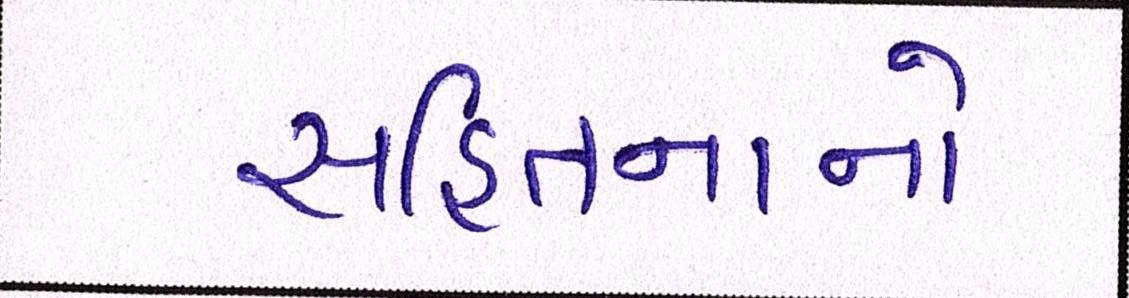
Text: સહિતનાનો